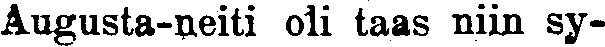
Augusta-neiti oli taas niin sy-